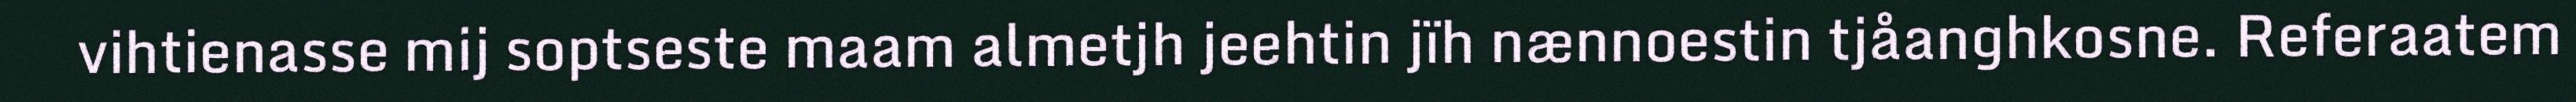
vihtienasse mij soptseste maam almetjh jeehtin jïh nænnoestin tjåanghkosne. Referaatem